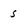
Character: s